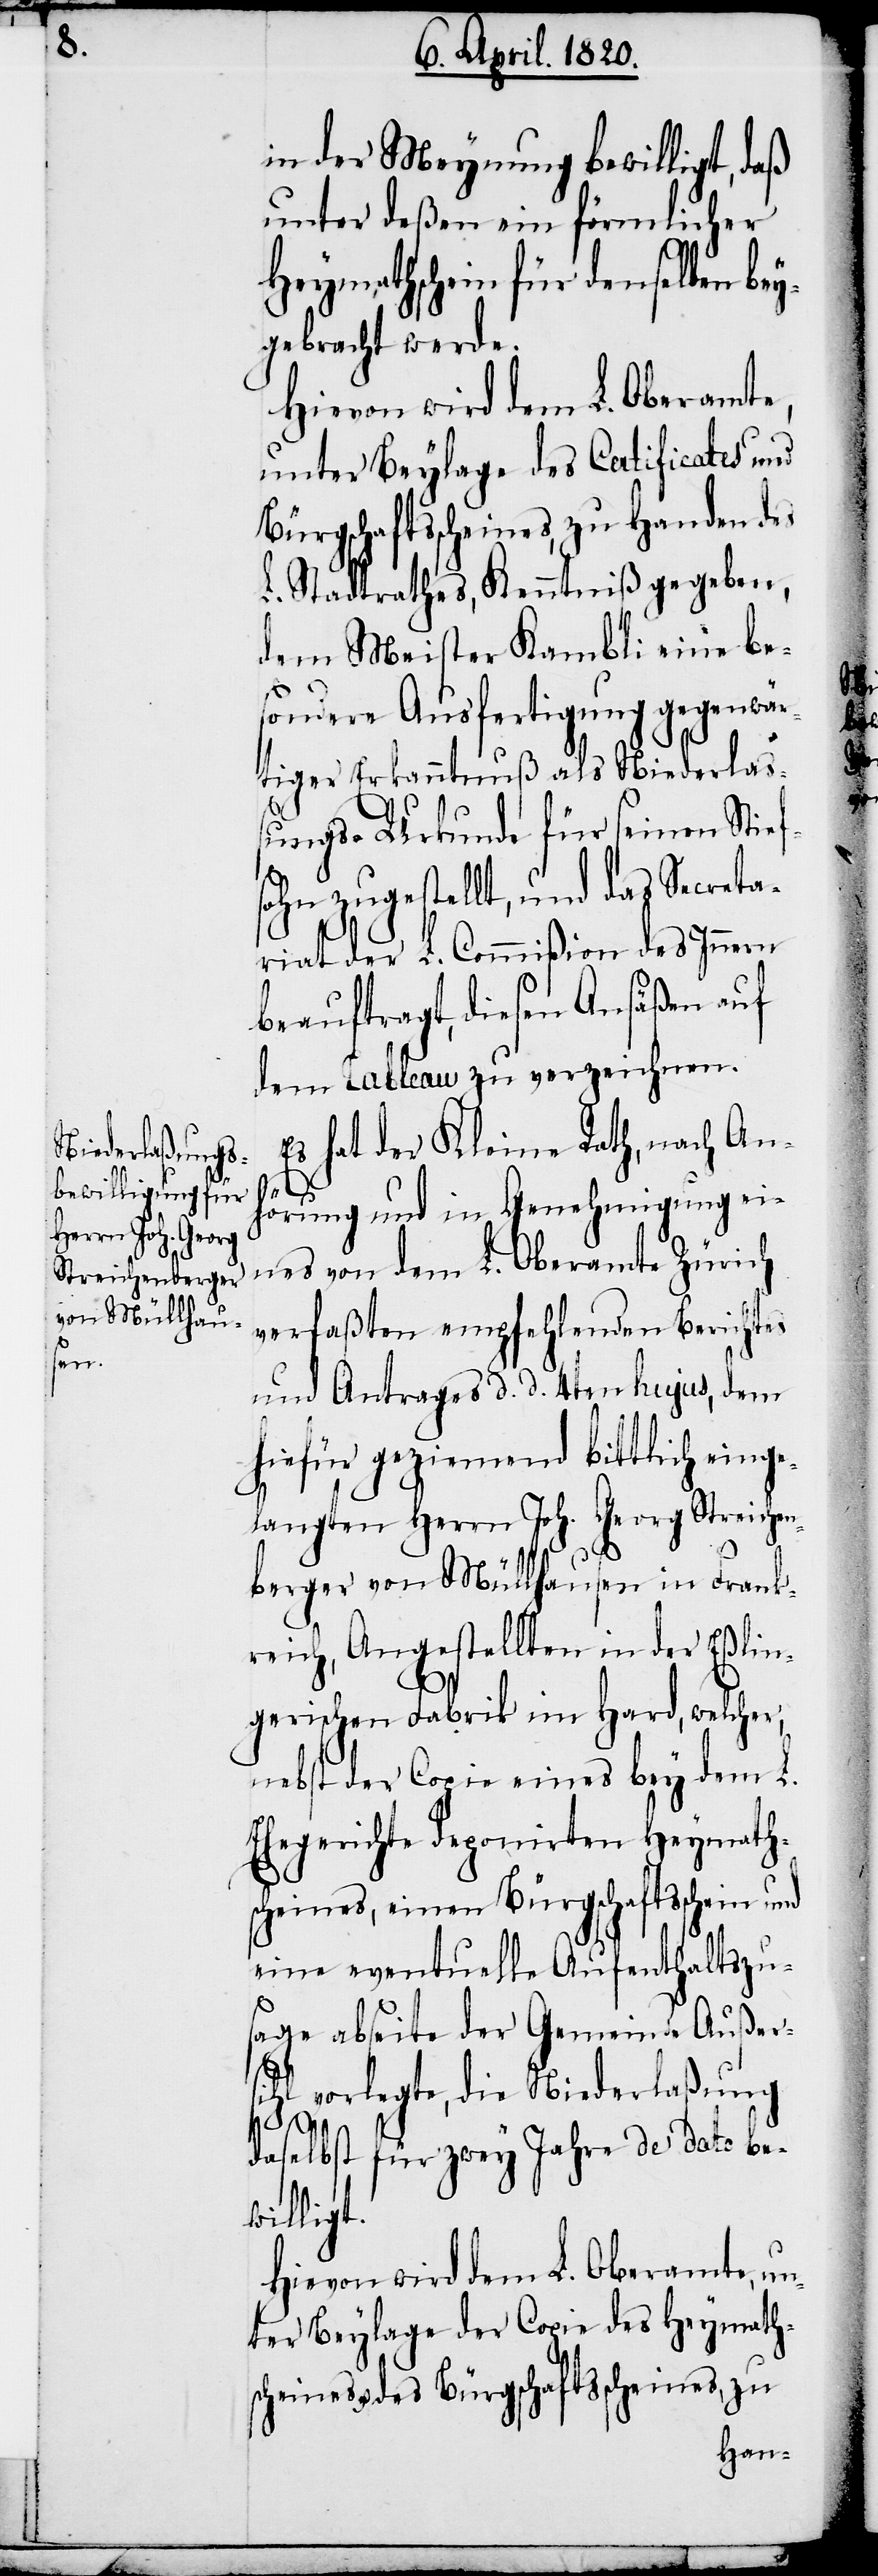
in der Meynung bewilligt, daß
unter deßen ein förmlicher
Heymathschein für denselben bey¬
gebracht werde.
Hiervon wird dem L. Oberamte,
unter Beylage des Catificates und
Bürgschaftsscheines zu Handen des
L. Stadtrathes, Kenntniß gegeben,
dem Meister Kambli eine be¬
sondere Ausfertigung gegenwär¬
tiger Erkenntnuß als Niederlas¬
sungs-Urkunde für seinen Stief¬
sohn zugestellt, und das Secreta¬
riat der L. Commißion des Innern
beauftragt, diesen Ansäßen auf
dem Tableau zu verzeichnen.
Es hat der Kleine Rath, nach An¬
hörung und Genehmigung ei¬
nes von dem L. Oberamte Zürich
verfaßten empfehlenden Berichtes
und Antrages d. d. 4ten hujus, den
hiefür geziemend bittlich einge¬
langten Herrn Joh. Georg Streichen¬
berger von Müllhausen in Frank¬
reich, Angestellten in der Eßlin¬
gerischen Fabrik im Hard, welcher,
nebst der Copie eines bey dem L.
Ehegerichte deponierten Heymath¬
scheines, einen Bürgschaftsschein
eine eventuelle Aufenthaltszu¬
sage abseite der Gemeinde Außer¬
sihl vorlegte, die Niederlaßung
daselbst für zwey Jahre de dato be¬
willigt.
Hiervon wird dem L. Oberamte, un¬
ter Beylage der Copie des Heymath¬
scheines u. des Bürgschaftsscheines, zu